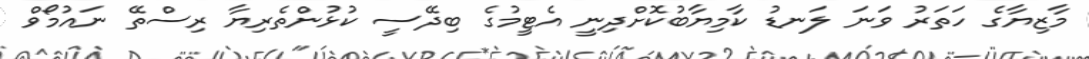
މާޒިޔާގެ ހަތަރު ވަނަ ލަނޑު ކާމިޔާބުކޮށްދިނީ އެޓީމުގެ ބިދޭސީ ކުޅުންތެރިޔާ ރިސްތޭ ނައުމޯވް